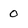
Character: 0